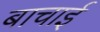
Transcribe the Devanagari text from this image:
बाचाई